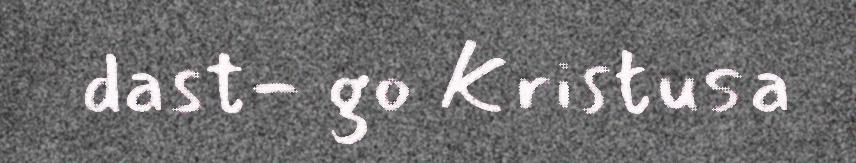
dast- go Kristusa